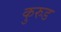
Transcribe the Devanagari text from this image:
कुरुड